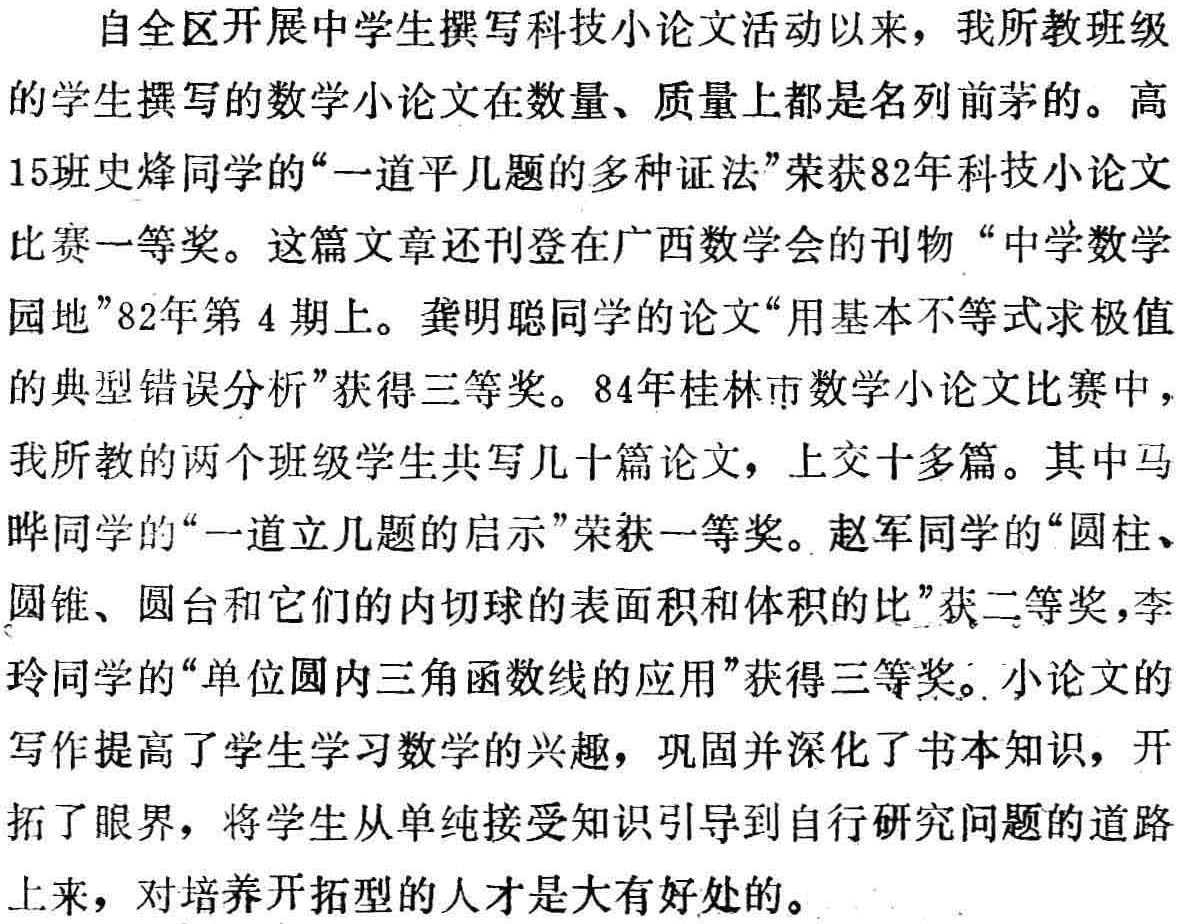
自全区开展中学生撰写科技小论文活动以来，我所教班级的学生撰写的数学小论文在数量、质量上都是名列前茅的。高15班史烽同学的“一道平几题的多种证法”荣获82年科技小论文比赛一等奖。这篇文章还刊登在广西数学会的刊物“中学数学园地”82年第4期上。龚明聪同学的论文“用基本不等式求极值的典型错误分析”获得三等奖。84年桂林市数学小论文比赛中，我所教的两个班级学生共写几十篇论文，上交十多篇。其中马晔同学的“一道立几题的启示”荣获一等奖。赵军同学的“圆柱、圆锥、圆台和它们的内切球的表面积和体积的比”获二等奖，李玲同学的“单位圆内三角函数线的应用”获得三等奖。小论文的写作提高了学生学习数学的兴趣，巩固并深化了书本知识，开拓了眼界，将学生从单纯接受知识引导到自行研究问题的道路上来，对培养开拓型的人才是大有好处的。